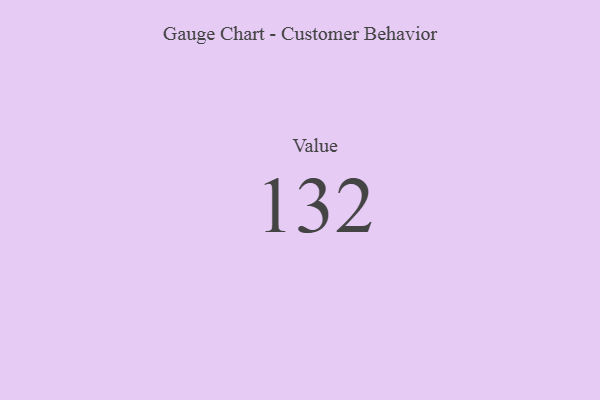
{"axis": {"x": "Metric", "y": "Value"}, "legend": [""], "data": [{"x": "Value", "y": 132, "type": ""}]}